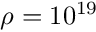
\rho = 1 0 ^ { 1 9 }